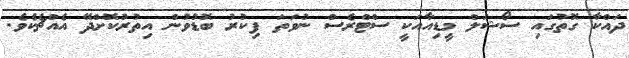
ދައްކާ ގޮތުގައި ސޯޝަލް މީޑިއާއަކީ ސްޓްރެސް ނުވަތަ ފިކުރު ބޮޑުވުން އިތުރުކޮށްދޭ އެއްޗެކެވެ.